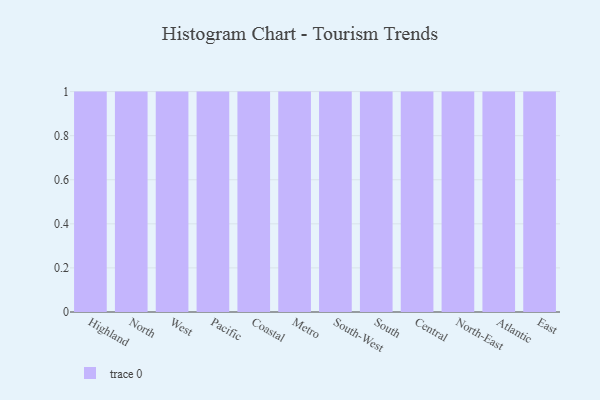
{"axis": {"x": "Region", "y": "Bounce Rate (%)"}, "legend": [""], "data": [{"x": "Highland", "y": 89, "type": ""}, {"x": "North", "y": 4, "type": ""}, {"x": "West", "y": 12, "type": ""}, {"x": "Pacific", "y": 42, "type": ""}, {"x": "Coastal", "y": 4, "type": ""}, {"x": "Metro", "y": 46, "type": ""}, {"x": "South-West", "y": 62, "type": ""}, {"x": "South", "y": 26, "type": ""}, {"x": "Central", "y": 27, "type": ""}, {"x": "North-East", "y": 1, "type": ""}, {"x": "Atlantic", "y": 66, "type": ""}, {"x": "East", "y": 5, "type": ""}]}